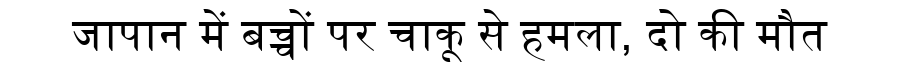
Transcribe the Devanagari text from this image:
जापान में बच्चों पर चाकू से हमला, दो की मौत